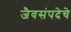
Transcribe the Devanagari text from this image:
जैवसंपदेचे